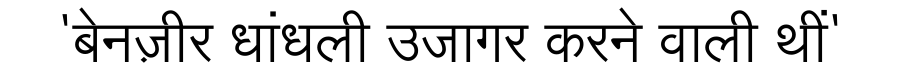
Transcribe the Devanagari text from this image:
'बेनज़ीर धांधली उजागर करने वाली थीं'